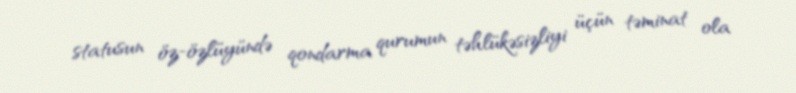
statusun öz-özlüyündə qondarma qurumun təhlükəsizliyi üçün təminat ola